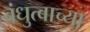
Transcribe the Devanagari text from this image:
बंधुत्वाच्या